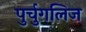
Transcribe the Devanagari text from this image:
पुर्चुगलिज